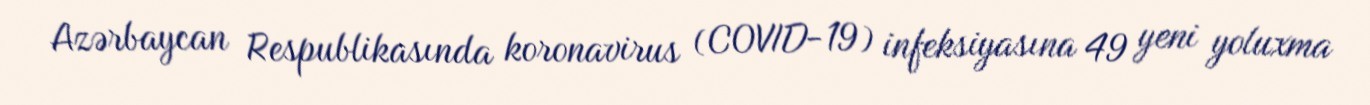
Azərbaycan Respublikasında koronavirus (COVID-19) infeksiyasına 49 yeni yoluxma